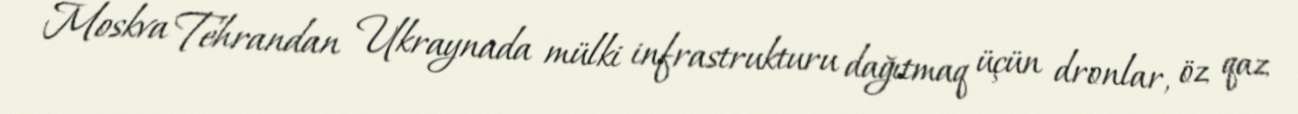
Moskva Tehrandan Ukraynada mülki infrastrukturu dağıtmaq üçün dronlar, öz qaz